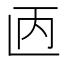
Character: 𫠥